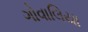
ગોવાલિયા